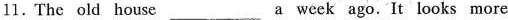
11. The old house___a week ago. It looks more